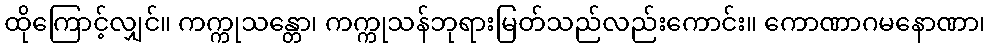
ထိုကြောင့်လျှင်။ ကက္ကုသန္တော၊ ကက္ကုသန်ဘုရားမြတ်သည်လည်းကောင်း။ ကောဏာဂမနောဏာ၊